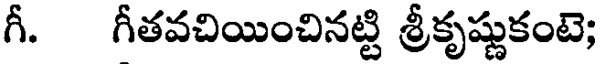
గీ. గీతవచియించినట్టి శ్రీకృష్ణుకంటె;